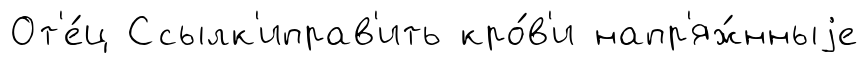
От'е́ц Ссылк'иправ'ить кро́в'и напр'яж́нныjе